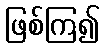
ဖြစ်ကြ၍